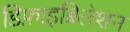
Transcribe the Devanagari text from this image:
डिफ़ाइब्रिलेशन